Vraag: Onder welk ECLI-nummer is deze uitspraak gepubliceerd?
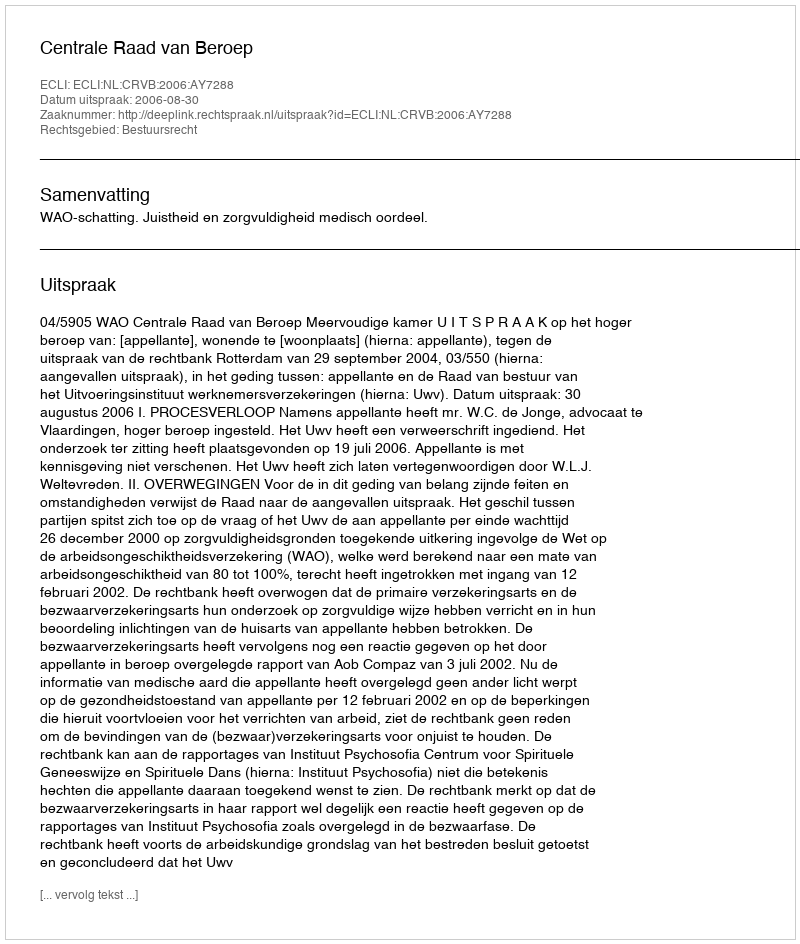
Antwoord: ECLI:NL:CRVB:2006:AY7288